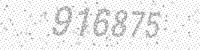
Solution: 916875